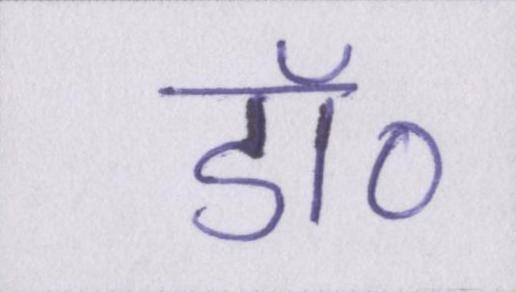
डॉ॰